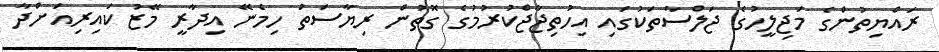
ރައްޔިތުންގެ މަޖިލީހުގެ ޖަލްސާތަކުގައި އިހުތިޖާޖްކުރުމުގެ ގޮތުން ރިޔާސަތު ހިމެނޭ އިދާރީ މޭޒު ކައިރިއަށްދާ